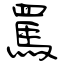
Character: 罵